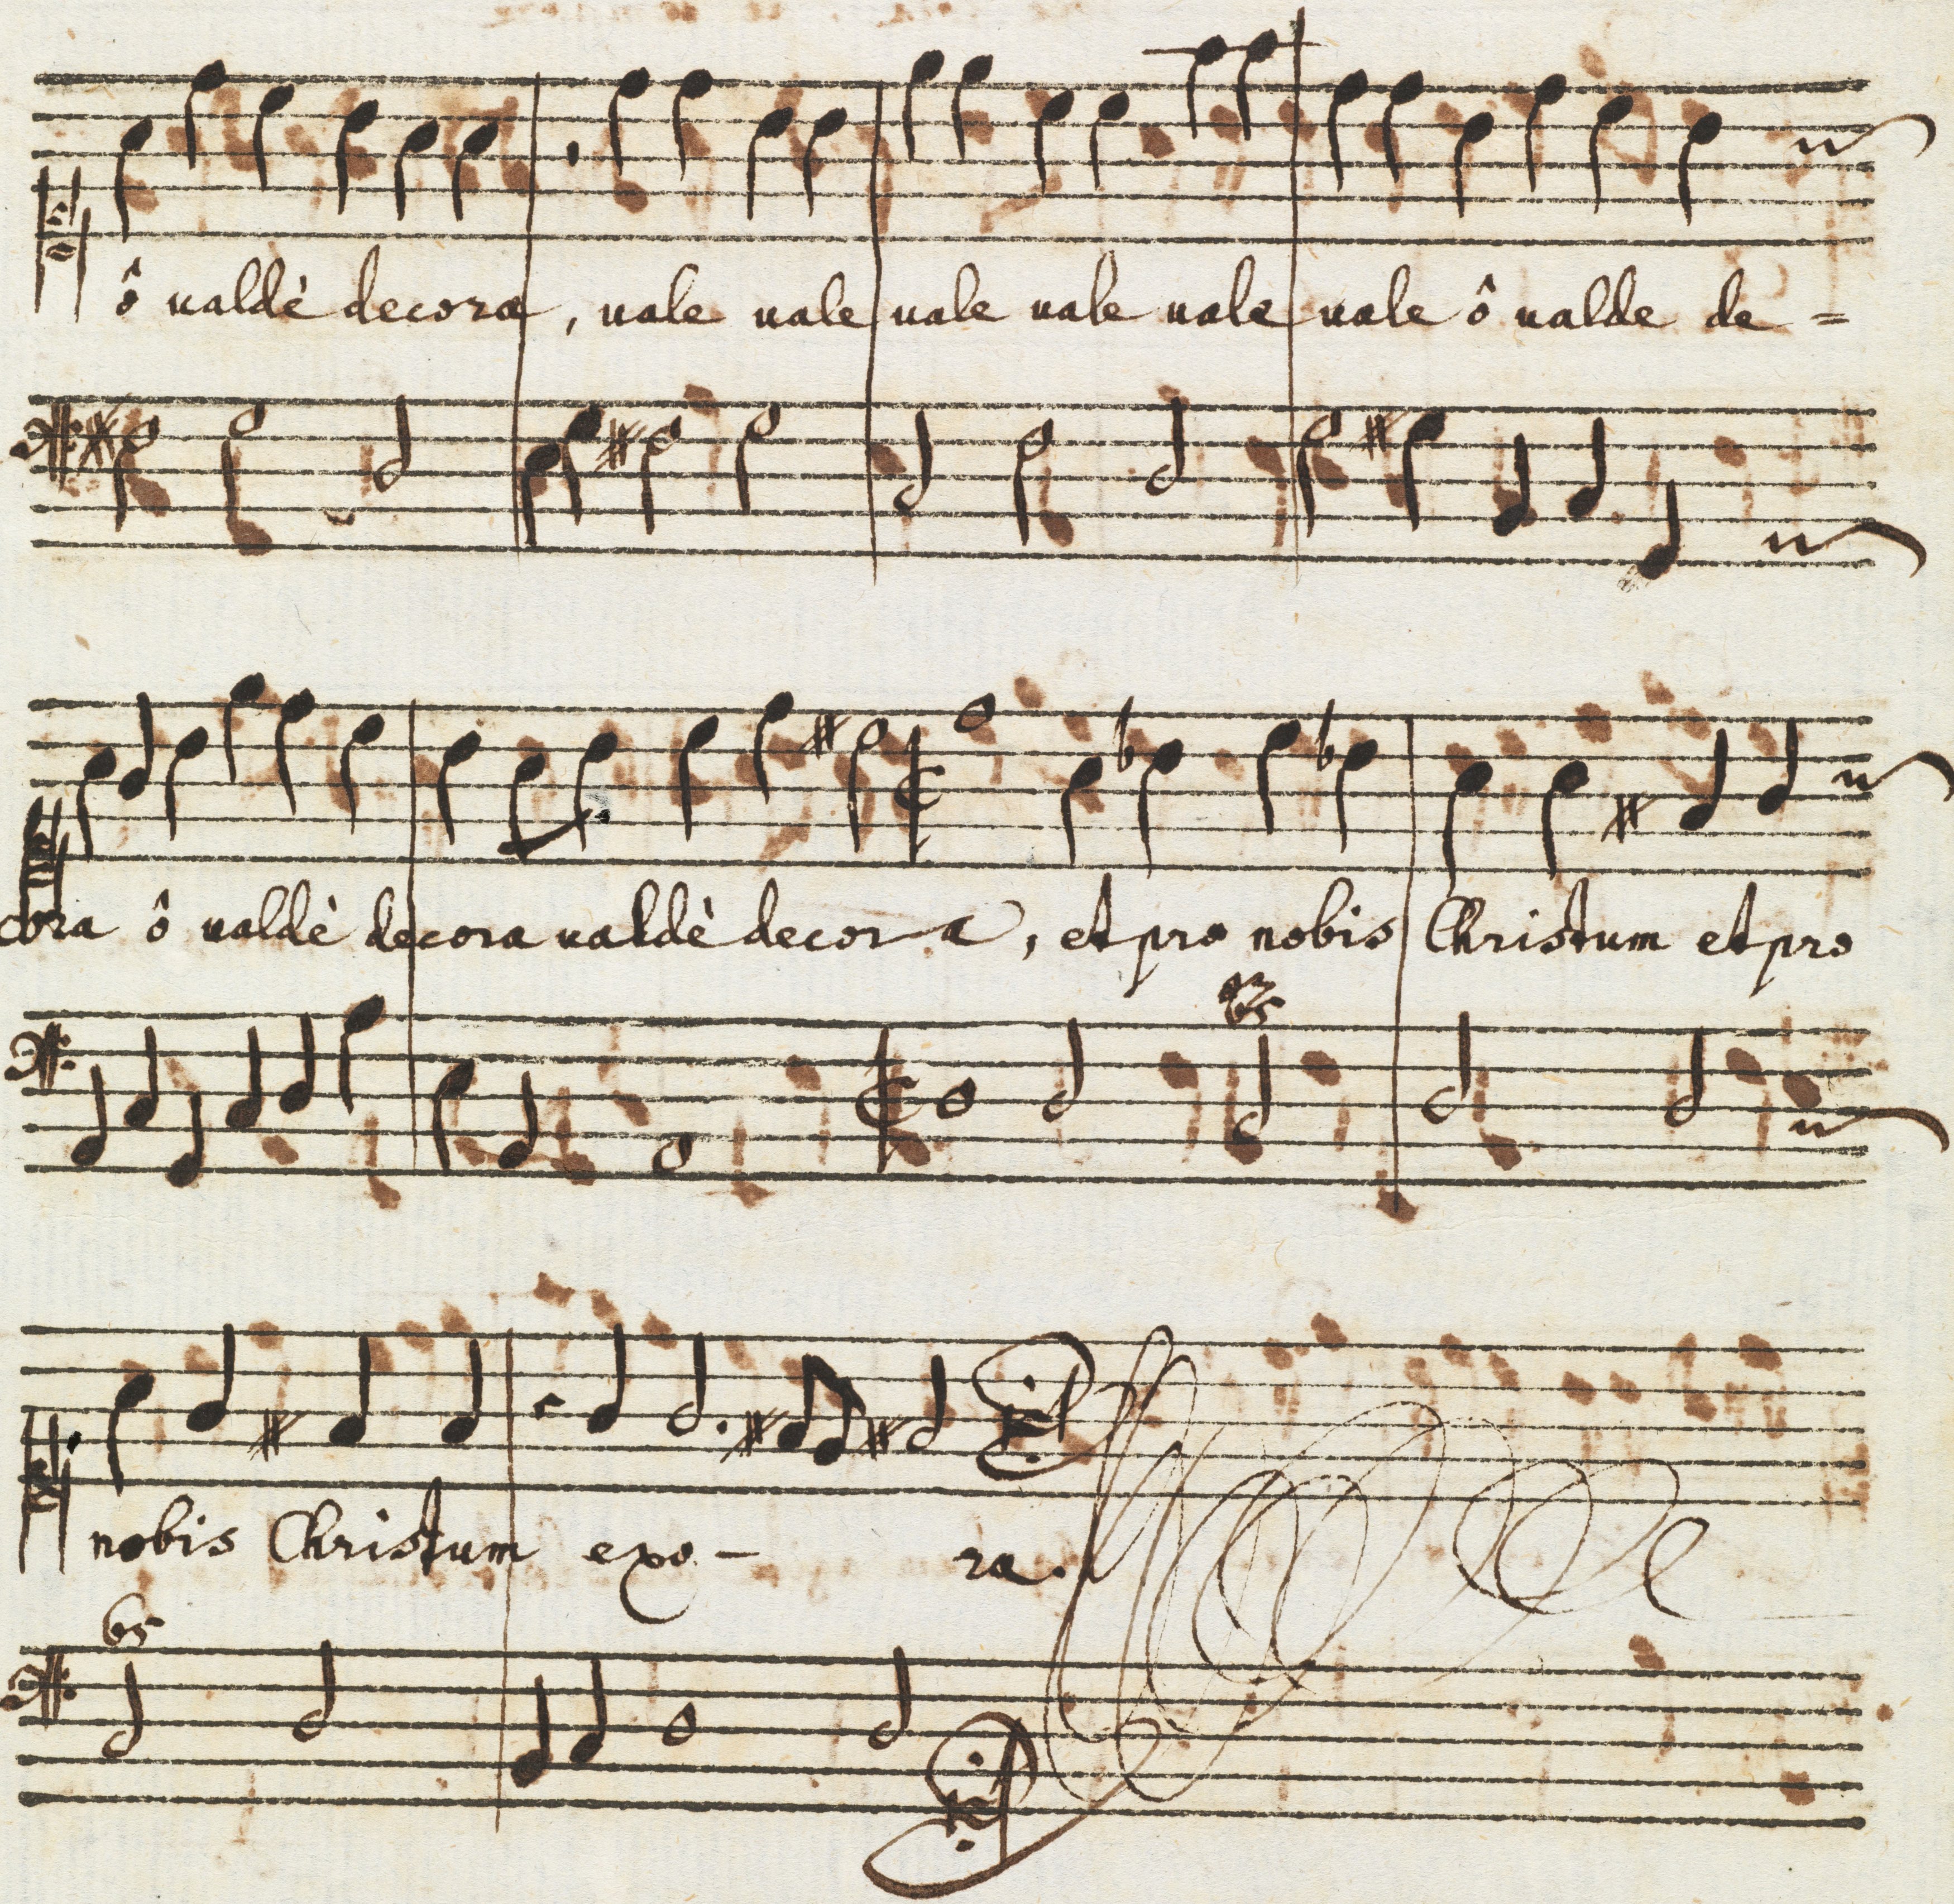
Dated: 1650–1699